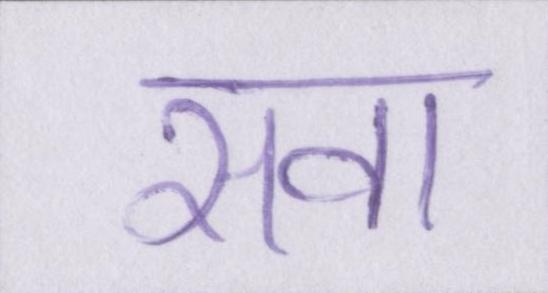
सवा